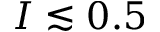
I \lesssim 0 . 5